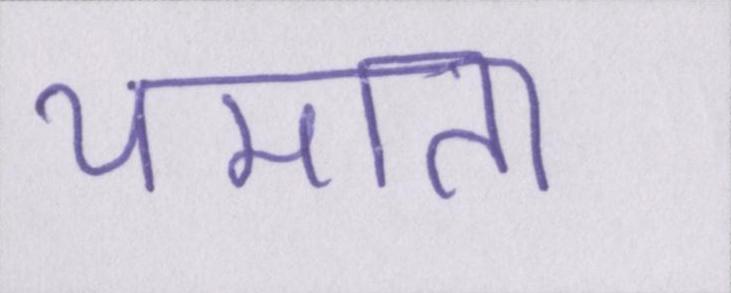
थमाता